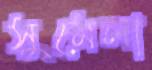
সুমেলা